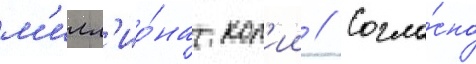
м'илл'ио́на коп'ии // Согла́сно